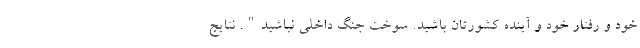
خود و رفتار خود و آینده کشورتان باشید. سوخت جنگ داخلی نباشید". نتایج